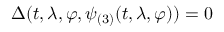
\Delta ( t , \lambda , \varphi , \psi _ { ( 3 ) } ( t , \lambda , \varphi ) ) = 0